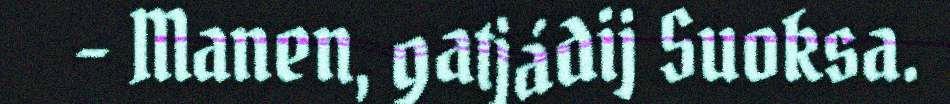
– Manen, gatjádij Suoksa.